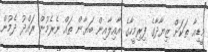
މީޑިއާ ތަކަށް ޒިޔާދާގެ ފިރިމީހާގެ އާއިލާއިން ބަޔާން ތައް ނެރެމުން ރައްދު ދެމުން